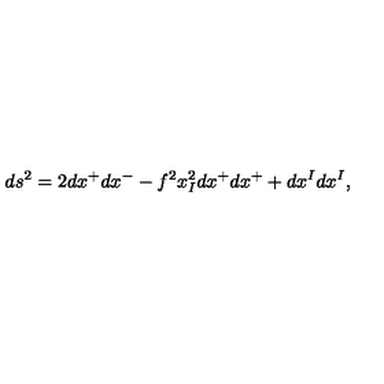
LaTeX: d s ^ { 2 } = 2 d x ^ { + } d x ^ { - } - f ^ { 2 } x _ { I } ^ { 2 } d x ^ { + } d x ^ { + } + d x ^ { I } d x ^ { I } ,